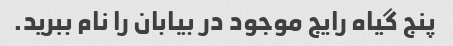
پنج گیاه رایج موجود در بیابان را نام ببرید.